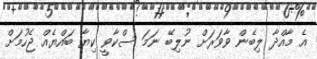
އެ މާއްދާ ލިބެން ވާވަރަށް ނުލިބޭ ނަމަ ސްކާވީ ކިޔާ ބައްޔެއް ޖެހުމަށް